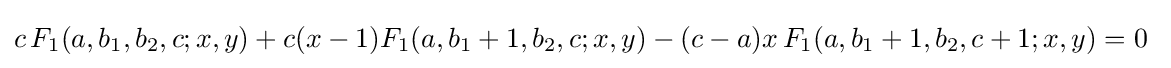
c\,F_{1}(a,b_{1},b_{2},c;x,y)+c(x-1)F_{1}(a,b_{1}+1,b_{2},c;x,y)-(c-a)x\,F_{1}(a,b_{1}+1,b_{2},c+1;x,y)=0~